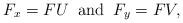
LaTeX: \begin{align*} F_x = F U \;\;\mbox{and} \;\;F_y = F V,\end{align*}